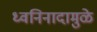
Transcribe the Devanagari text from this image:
ध्वनिनादामुळे